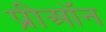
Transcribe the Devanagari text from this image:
प्रीऑन